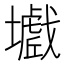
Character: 𡒾